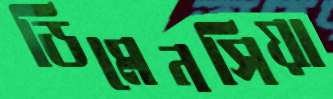
ডিমেনসিয়া